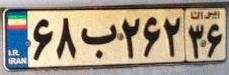
۶۸ب۲۶۲۳۶